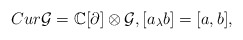
\begin{align*}Cur\mathcal{G}= \mathbb{C}[\partial] \otimes \mathcal{G}, [a_\lambda b]= [a, b],\end{align*}